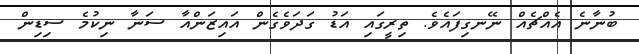
ބުނާނެ އެއްޗެއް ނޭނގިފައެވެ. ތިރީގައި އަޑު ގަދަވެގެން އައިޒަންއާ ސަނާ ނިކުމެ ސިޑިން